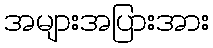
အများအပြားအား